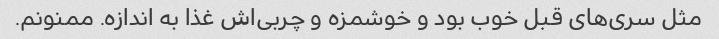
مثل سری‌های قبل خوب بود و خوشمزه و چربی‌اش غذا به اندازه. ممنونم.